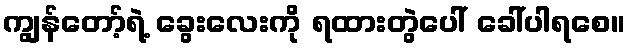
ကျွန်တော့်ရဲ့ ခွေးလေးကို ရထားတွဲပေါ် ခေါ်ပါရစေ။